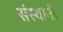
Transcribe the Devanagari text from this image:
संस्थानीं